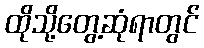
ထိုသို့တွေ့ဆုံရာတွင်